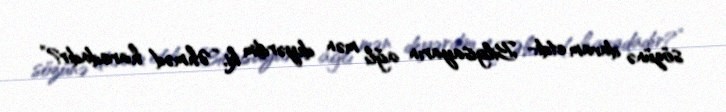
sözünə davam etdi:- Bilgisayarın ağlı mən deyərdim ki, “Əhməd haradadır?”